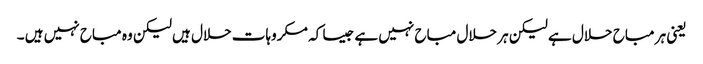
یعنی ہر مباح حلال ہے لیکن ہر حلال مباح نہیں ہے جیسا کہ مکروہات حلال ہیں لیکن وہ مباح نہیں ہیں ۔